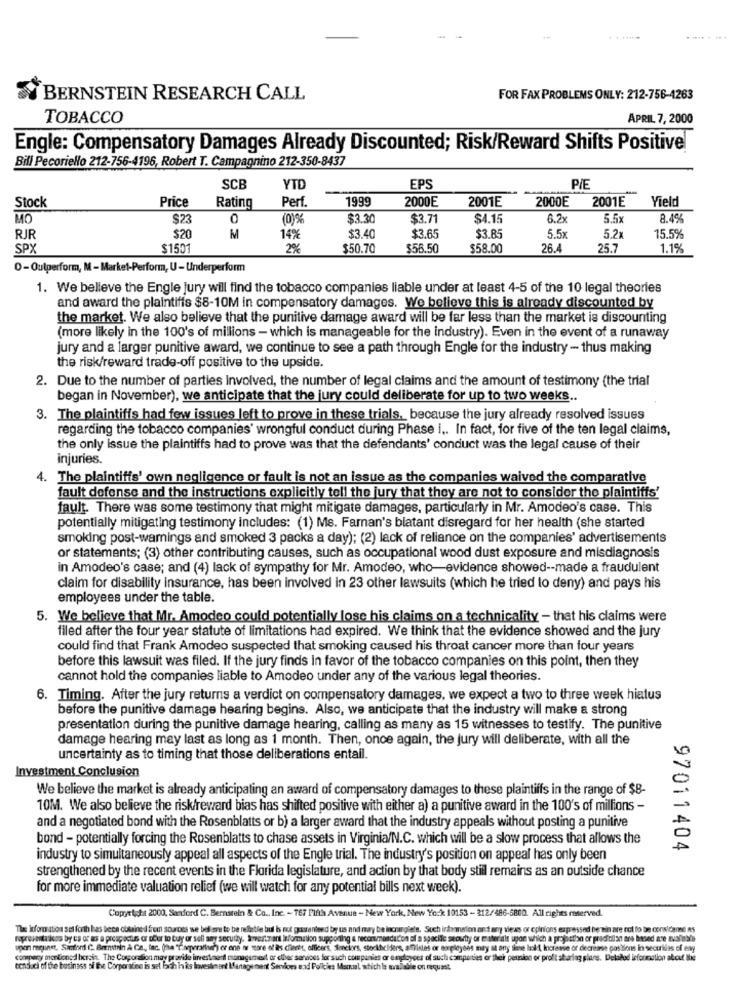
BERNSTEIN RESEARCH CALL
FOR FAX PROBLEMS ONLY: 212-756-4263
TOBACCO
APRIL 7, 2000
Engle: Compensatory Damages Already Discounted; Risk/Reward Shifts Positive
Bill Pecorielo 212-756-4196, Robert T. Campagnino 212-350-8437
SCB
YTD
EPS
P/E
Price
Perf.
1999
2000E
2001E
2000E
2001E
Yield
Stock
Rating
MO
$23
0
(0)5
$3.30
$3.71
$4.15
6.2x
5.5x
8.4%
RJR
$20
M
14%
$3.40
$3.65
$3.85
5.5x
5.2x
15.5%
SPX
$1501
2%
$50.70
$56.50
$58.00
26.
25.7
1.1%
O-Outperform, M - Market-Perform, U- Underperform
1. We believe the Engle jury will find the tobacco companies liable under at least 4-5 of the 10 legal theories
and award the plaintiffs $8-10M in compensatory damages. We believe this is already discounted by
the market. We also believe that the punitive damage award will be far less than the market is discounting
(more likely in the 100's of millions - which is manageable for the industry). Even in the event of a runaway
jury and a larger punitive award, we continue to see a path through Engle for the industry - thus making
the risk/reward trade-off positive to the upside.
2. Due to the number of parties Involved, the number of legal claims and the amount of testimony (the trial
began in November), we anticipate that the jury could deliberate for up to two weeks ..
3. The plaintiffs had few issues left to prove in these trials, because the jury already resolved issues
regarding the tobacco companies' wrongful conduct during Phase i .. In fact, for five of the ten legal claims,
the only issue the plaintiffs had to prove was that the defendants' conduct was the legal cause of their
injuries.
4. The plaintiffs' own negligence or fault is not an issue as the companies waived the comparative
fault defense and the instructions explicitly tell the jury that they are not to consider the plaintiffs'
fault. There was some testimony that might mitigate damages, particularly in Mr. Amodeo's case. This
potentially mitigating testimony includes: (1) Me. Farnan's blatant disregard for her health (she started
smoking post-warnings and smoked 3 packs a day); (2) lack of reliance on the companies' advertisements
or statements; (3) other contributing causes, such as occupational wood dust exposure and misdiagnosis
in Amodeo's case; and (4) lack of sympathy for Mr. Amodeo, who-evidence showed -- made a fraudulent
claim for disability insurance, has been involved in 23 other lawsuits (which he tried to deny) and pays his
employees under the table.
5. We believe that Mr. Amodeo could potentially lose his claims on a technicality - that his claims were
filed after the four year statute of limitations had expired. We think that the evidence showed and the jury
could find that Frank Amodeo suspected that smoking caused his throat cancer more than four years
before this lawsuit was filed. If the jury finds in favor of the tobacco companies on this point, then they
cannot hold the companies liable to Amodeo under any of the various legal theories.
6. Timing. After the jury returns a verdict on compensatory damages, we expect a two to three week hiatus
before the punitive damage hearing begins. Also, we anticipate that the industry will make a strong
presentation during the punitive damage hearing, calling as many as 15 witnesses to testify. The punitive
damage hearing may last as long as 1 month. Then, once again, the jury will deliberate, with all the
uncertainty as to timing that those deliberations entail.
Investment Conclusion
We believe the market is already anticipating an award of compensatory damages to these plaintiffs in the range of $8-
10M. We also believe the risk/reward bias has shifted positive with either a) a punitive award in the 100's of millions -
and a negotiated bond with the Rosenblatts or b) a larger award that the industry appeals without posting a punitive
bond - potentially forcing the Rosenblatts to chase assets in Virginia/N.C. which will be a slow process that allows the
97011404
industry to simultaneously appeal all aspects of the Engle trial. The industry's position on appeal has only been
strengthened by the recent events in the Florida legislature, and action by that body still remains as an outside chance
for more immediate valuation relief (we will watch for any potential bills next week).
Copyright 2000, Sandford C. Bernstein & Co ., Inc. - 767 Fifth Avenue - New York, New York 10153 - 312/486-5800. All rights reserved.
The information set forth has been obtained frem sources we bel ære to be nfsble bul is not guaranteed by us and may be incomplets. Such information ant any views or opinions expressed be min are not to be considered As
representa icos by es or as a preapactus or pour to buy or sell any secutży. Swartzant Information supporting a recommandill'on of a specific seoutty or te aterials upon which a projection or pradicilan are based are available
upon raquinet. Sanford C. Bernstein à Ca ,, lac. (ha "Coperativer) or ene te more of its clients, officers, fonciers, stockholders, amlistes or eorpleyeés may at any time lalt, koreine or decrease positions in securitas of eny
company mentioned bersin. The Corporation may provide investment management or other services for such companies or employees of such comparties or their peunion or profit sharing plans. Deladod information about Ibe
conduci of the business of the Corporafine is set faith his Investment Management Services and Policies Manual which la available on request.